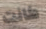
كانت